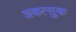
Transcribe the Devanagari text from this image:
अकत्सुक